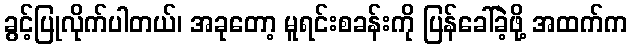
ခွင့်ပြုလိုက်ပါတယ်၊ အခုတော့ မူရင်းစခန်းကို ပြန်ခေါ်ခဲ့ဖို့ အထက်က